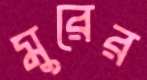
মুরের